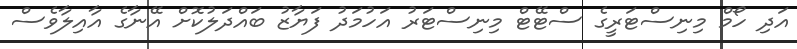
އަދި ހޯމް މިނިސްޓަރީގެ ސްޓޭޓް މިނިސްޓަރު އަހުމަދު ފަޔާޒު ބައްދަލުކޮށް އޭނާގެ އާއިލާވެސް